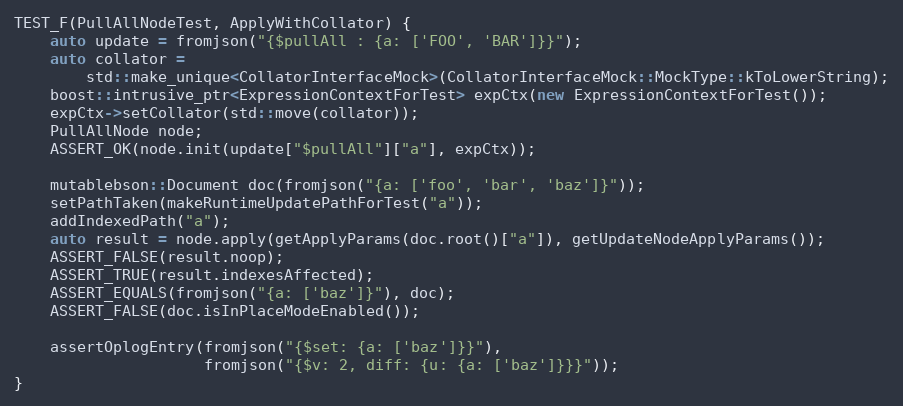
Language: C++
TEST_F(PullAllNodeTest, ApplyWithCollator) {
    auto update = fromjson("{$pullAll : {a: ['FOO', 'BAR']}}");
    auto collator =
        std::make_unique<CollatorInterfaceMock>(CollatorInterfaceMock::MockType::kToLowerString);
    boost::intrusive_ptr<ExpressionContextForTest> expCtx(new ExpressionContextForTest());
    expCtx->setCollator(std::move(collator));
    PullAllNode node;
    ASSERT_OK(node.init(update["$pullAll"]["a"], expCtx));

    mutablebson::Document doc(fromjson("{a: ['foo', 'bar', 'baz']}"));
    setPathTaken(makeRuntimeUpdatePathForTest("a"));
    addIndexedPath("a");
    auto result = node.apply(getApplyParams(doc.root()["a"]), getUpdateNodeApplyParams());
    ASSERT_FALSE(result.noop);
    ASSERT_TRUE(result.indexesAffected);
    ASSERT_EQUALS(fromjson("{a: ['baz']}"), doc);
    ASSERT_FALSE(doc.isInPlaceModeEnabled());

    assertOplogEntry(fromjson("{$set: {a: ['baz']}}"),
                     fromjson("{$v: 2, diff: {u: {a: ['baz']}}}"));
}